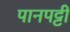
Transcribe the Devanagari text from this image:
पानपट्टी